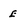
Character: E